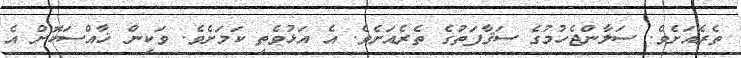
ތެރެއަށެވެ. ސަލާންޖެހުމުގެ ސަޤާފަތުގެ ތެރެއަށެވެ. އެ އަޅުވެތި ކަމަށެވެ. ވަކިން ޚާއްސަކޮށް އެ